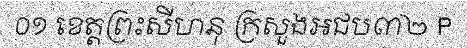
០១ ខេត្តព្រះសីហនុ ក្រសួងអជប៣២ P